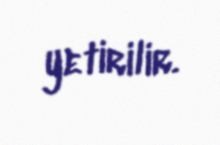
yetirilir.